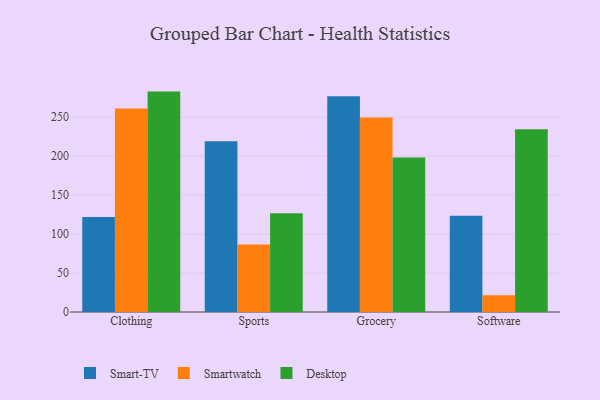
{"axis": {"x": "Category", "y": "Demand Index"}, "legend": ["Desktop", "Smart-TV", "Smartwatch"], "data": [{"x": "Clothing", "y": 121.8, "type": "Smart-TV"}, {"x": "Clothing", "y": 261.3, "type": "Smartwatch"}, {"x": "Clothing", "y": 282.9, "type": "Desktop"}, {"x": "Sports", "y": 219.2, "type": "Smart-TV"}, {"x": "Sports", "y": 86.7, "type": "Smartwatch"}, {"x": "Sports", "y": 126.9, "type": "Desktop"}, {"x": "Grocery", "y": 277.0, "type": "Smart-TV"}, {"x": "Grocery", "y": 249.7, "type": "Smartwatch"}, {"x": "Grocery", "y": 198.3, "type": "Desktop"}, {"x": "Software", "y": 123.4, "type": "Smart-TV"}, {"x": "Software", "y": 21.6, "type": "Smartwatch"}, {"x": "Software", "y": 234.6, "type": "Desktop"}]}